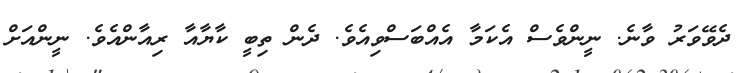
ދެވޭވަރު ވާނެ. ނީންވެސް އެކަމާ އެއްބަސްވިއެވެ. ދެން ތިބީ ކާޔާއާ ރިއާންއެވެ. ނީންއަށް